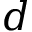
d